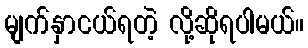
မျက်နှာငယ်ရတဲ့ လို့ဆိုရပါမယ်။